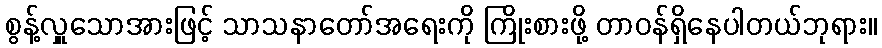
စွန့်လှူသောအားဖြင့် သာသနာတော်အရေးကို ကြိုးစားဖို့ တာဝန်ရှိနေပါတယ်ဘုရား။